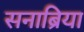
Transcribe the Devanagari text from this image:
सनाब्रिया